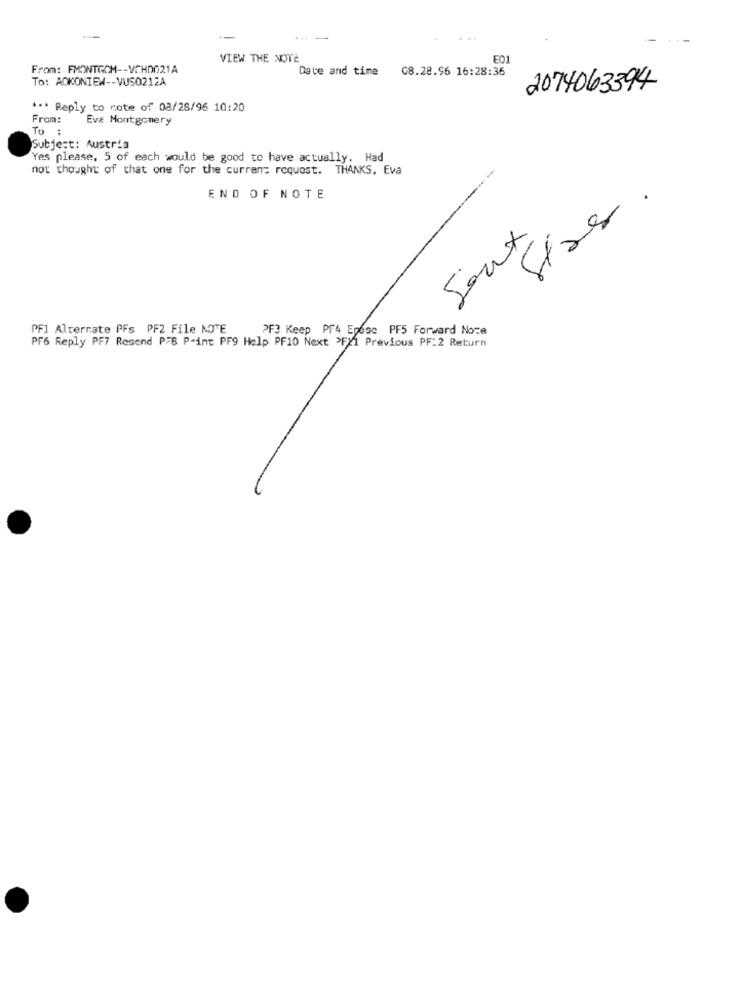
VIEW THE NOTE
E01
From: FMONTGOM -- VCHD021A
Date and time 08.28.96 16:28:36
To: AOKONIEW -- VUS0212A
2074063394
*** Reply to rote of 08/28/96 10:20
From: Eva Montgomery
To :
Subject: Austria
Yes please. 5 of each would be good to have actually. Had
not thought of that one for the current request. THANKS, Eva
END OF NOTE
Stas.
Soux
PF1 Alternate PFs PF2 File NOTE
PF3 Keep PF4 Eposc PF5 Forward Noze
PF6 Reply PF7 Resend P78 P-int PF9 Help PF10 Next >FX1 Previous PF:2 Return